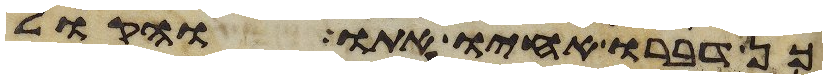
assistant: כן דברו אחיו אתו והקול